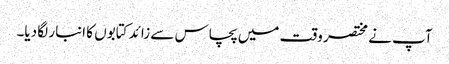
آپ نے مختصر وقت میں پچاس سے زائد کتابوں کا انبار لگا دیا۔